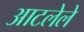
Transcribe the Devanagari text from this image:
आटलेले